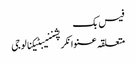
فیس بک
متعلقہ عنوانکرپشننیبٹیکنالوجی